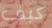
كبف